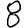
Digit: 8